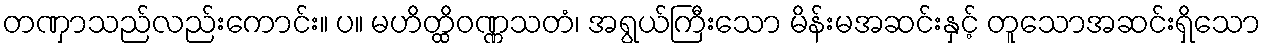
တဏှာသည်လည်းကောင်း။ ပ။ မဟိတ္ထိဝဏ္ဏသတံ၊ အရွယ်ကြီးသော မိန်းမအဆင်းနှင့် တူသောအဆင်းရှိသော